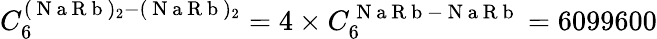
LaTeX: C_{6}^{(\mathrm{~N~a~R~b~})_{2}-(\mathrm{~N~a~R~b~})_{2}}=4\times C_{6}^{\mathrm{~N~a~R~b~-~N~a~R~b~}}=6099600